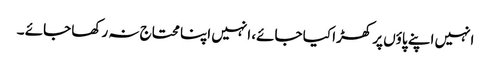
انہیں اپنے پاؤں پر کھڑا کیا جائے، انہیں اپنا محتاج نہ رکھا جائے ۔